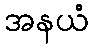
အနယံ